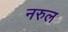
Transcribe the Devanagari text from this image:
नरुल